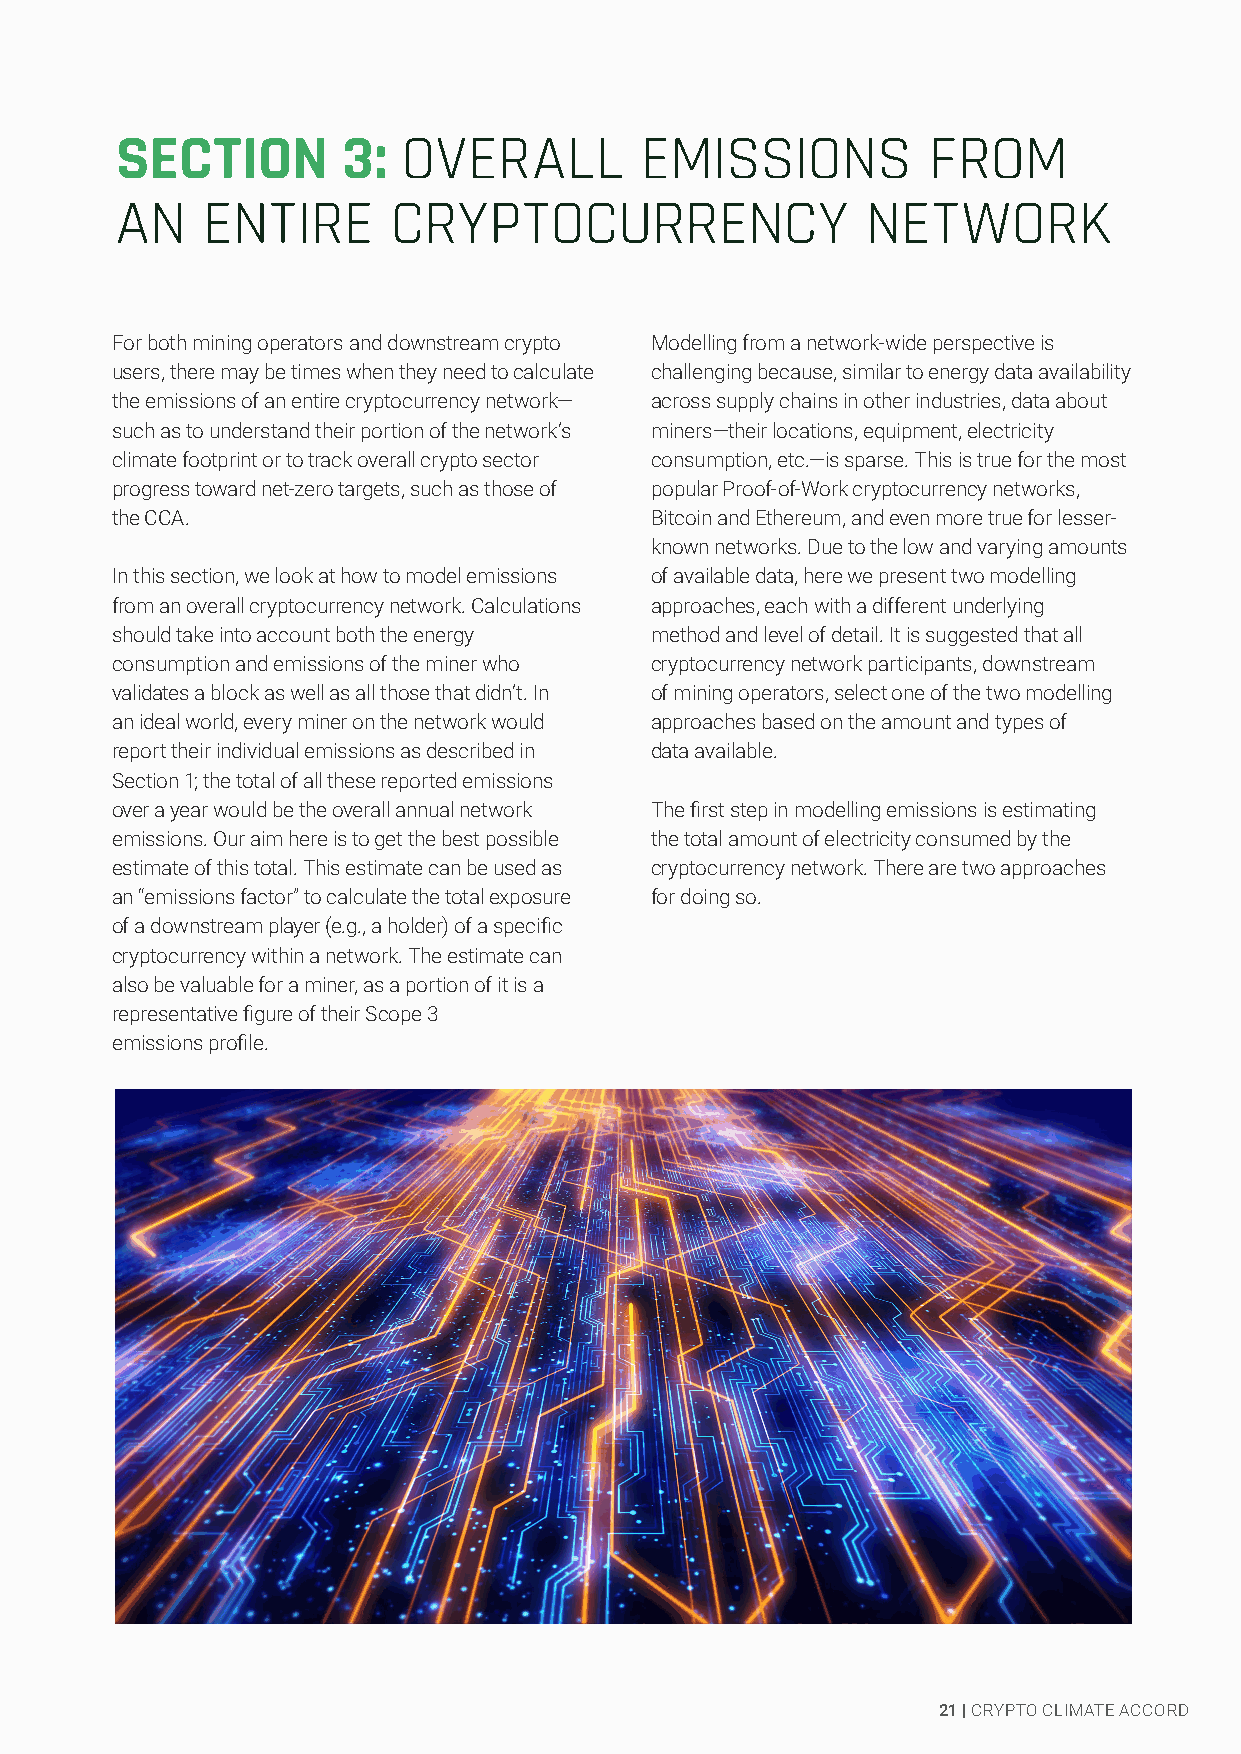
SECTION        3:  OVERALL        EMISSIONS          FROM
 AN   ENTIRE       CRYPTOCURRENCY                 NETWORK
 For both mining operators and downstream crypto Modelling from a network-wide perspective is
 users, there may be times when they need to calculate challenging because, similar to energy data availability
 the emissions of an entire cryptocurrency network— across supply chains in other industries, data about
 such as to understand their portion of the network’s miners—their locations, equipment, electricity
 climate footprint or to track overall crypto sector consumption, etc.—is sparse. This is true for the most
 progress toward net-zero targets, such as those of popular Proof-of-Work cryptocurrency networks,
 the CCA.                            Bitcoin and Ethereum, and even more true for lesser-
 known networks. Due to the low and varying amounts
 In this section, we look at how to model emissions of available data, here we present two modelling
 from an overall cryptocurrency network. Calculations approaches, each with a different underlying
 should take into account both the energy method and level of detail. It is suggested that all
 consumption and emissions of the miner who cryptocurrency network participants, downstream
 validates a block as well as all those that didn’t. In of mining operators, select one of the two modelling
 0an      ideal world, every miner on the network3 would approaches based on the amount and types of
 report their individual emissions as described in data available.
 Section 1; the total of all these reported emissions
 over a year would be the overall annual network The first step in modelling emissions is estimating
 emissions. Our aim here is to get the best possible the total amount of electricity consumed by the
 estimate of this total. This estimate can be used as cryptocurrency network. There are two approaches
 an “emissions factor” to calculate the total exposure for doing so.
 of a downstream player (e.g., a holder) of a specific
 cryptocurrency within a network. The estimate can
 also be valuable for a miner, as a portion of it is a
 representative figure of their Scope 3
 emissions profile.
 21 | CRYPTO CLIMATE ACCORD